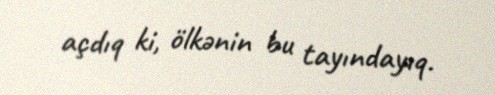
açdıq ki, ölkənin bu tayındayıq.